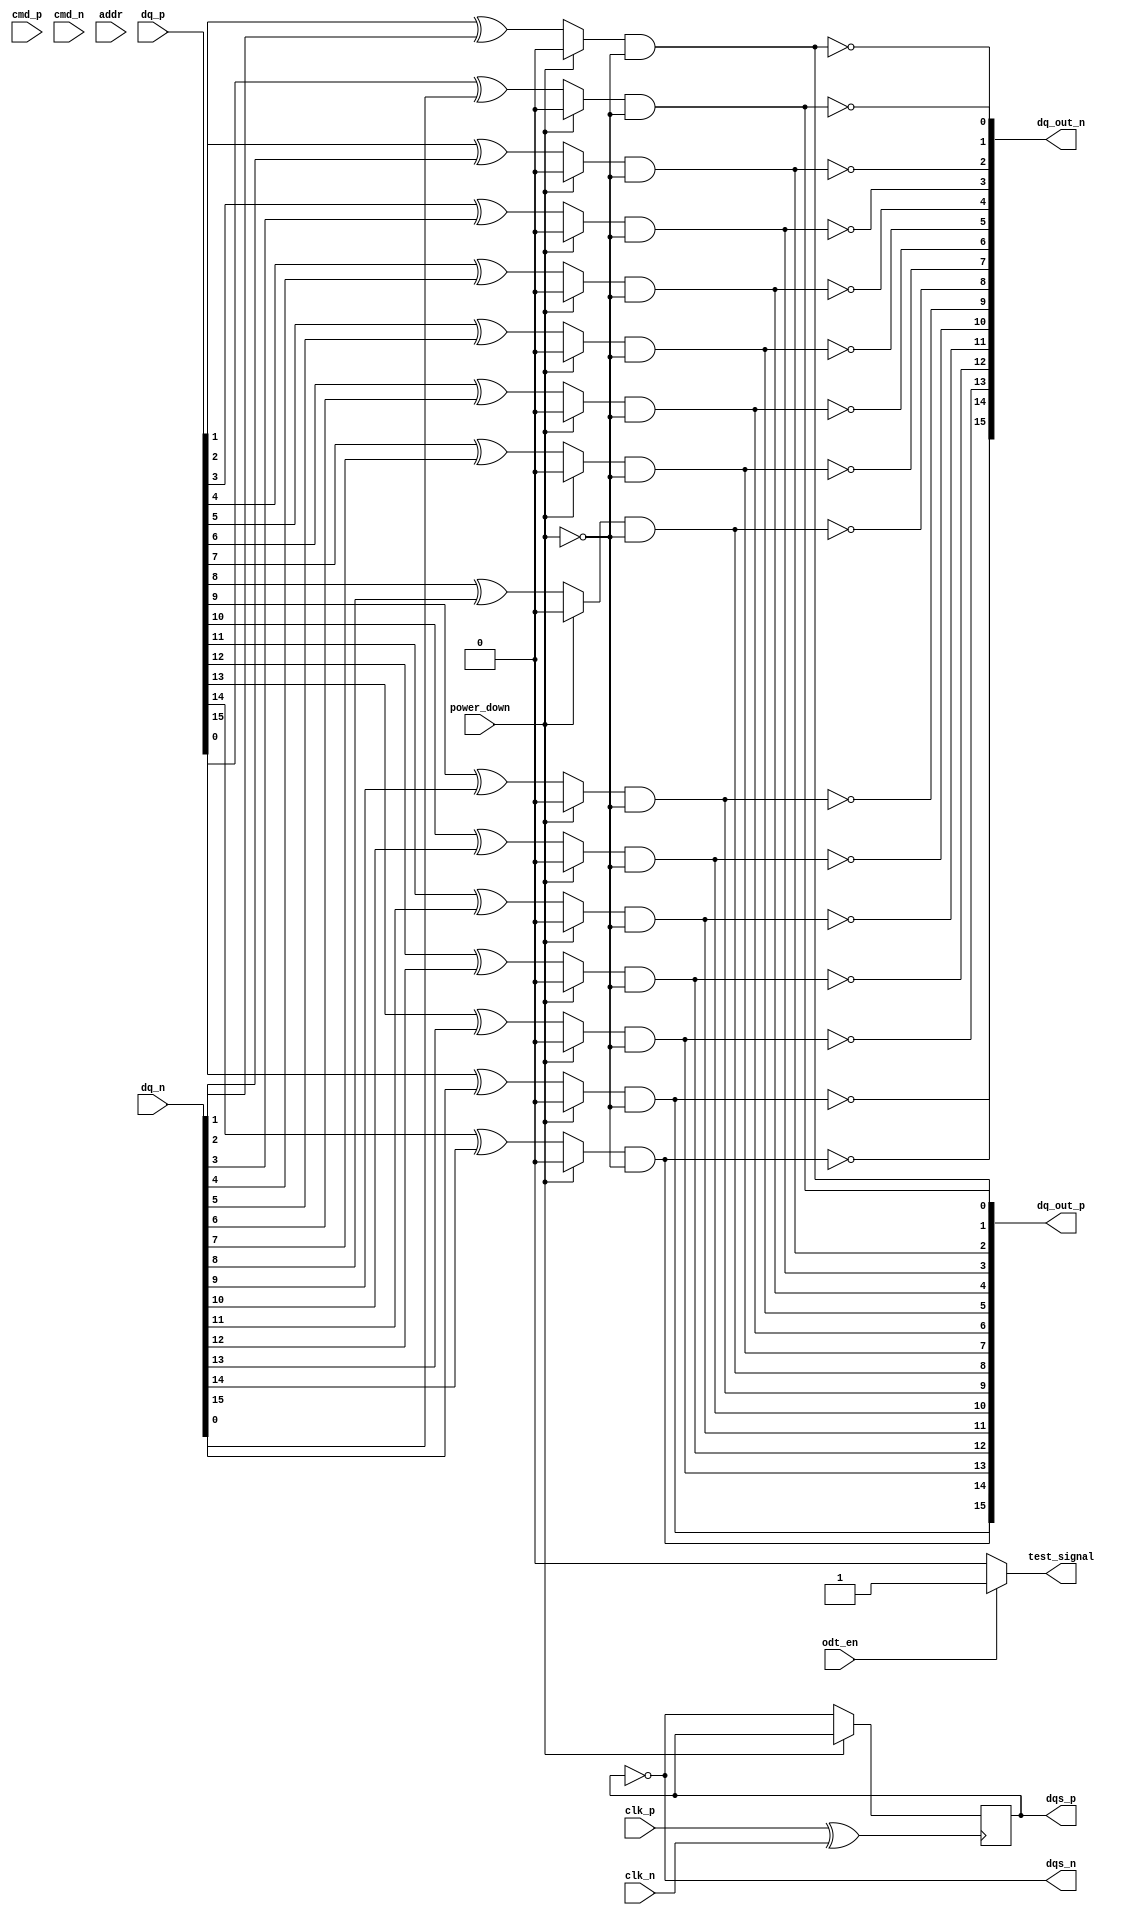
module lpddr5_io_block (
    input wire clk_p,          // Differential clock positive
    input wire clk_n,          // Differential clock negative
    input wire [DQ_WIDTH-1:0] dq_p, // Differential data input positive
    input wire [DQ_WIDTH-1:0] dq_n, // Differential data input negative
    input wire cmd_p,          // Command input positive
    input wire cmd_n,          // Command input negative
    input wire [ADDR_WIDTH-1:0] addr, // Address input
    output wire [DQ_WIDTH-1:0] dq_out_p, // Differential data output positive
    output wire [DQ_WIDTH-1:0] dq_out_n, // Differential data output negative
    output wire dqs_p,         // Data strobe output positive
    output wire dqs_n,         // Data strobe output negative
    input wire odt_en,         // On-die termination enable
    input wire power_down,     // Power down signal
    output wire test_signal     // For BIST or debugging
);

parameter DQ_WIDTH = 16; // Number of data bits
parameter ADDR_WIDTH = 16; // Number of address bits

// Internal signals
reg [DQ_WIDTH-1:0] dq_reg;
reg dqs_reg;
wire clk; // Internal clock signal
wire clk_en; // Clock enable signal

// Clock management
assign clk = clk_p ^ clk_n; // Differential clock input
assign clk_en = ~power_down; // Enable clock when not in power down

// I/O Pad Configuration
generate
    genvar i;
    for (i = 0; i < DQ_WIDTH; i = i + 1) begin : dq_io
        // Data input
        assign dq_reg[i] = (clk_en) ? (dq_p[i] ^ dq_n[i]) : 1'b0; // Simple example of differential input

        // Data output
        assign dq_out_p[i] = dq_reg[i] & clk_en; // Output driven when clock is enabled
        assign dq_out_n[i] = ~dq_out_p[i]; // Inverted output for differential signaling
    end
endgenerate

// Command and address handling
wire cmd_signal = cmd_p ^ cmd_n; // Differential command input

// Data strobe generation
always @(posedge clk) begin
    if (clk_en) begin
        dqs_reg <= ~dqs_reg; // Toggle DQS on clock edge
    end
end

assign dqs_p = dqs_reg;
assign dqs_n = ~dqs_reg;

// On-die termination control (simplified)
assign test_signal = (odt_en) ? 1'b1 : 1'b0; // Example for ODT enable signal

endmodule